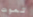
تموت